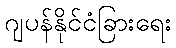
ဂျပန်နိုင်ငံခြားရေး